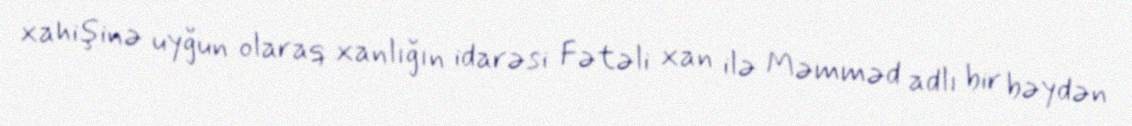
xahişinə uyğun olaraq xanlığın idarəsi Fətəli xan ilə Məmməd adlı bir bəydən